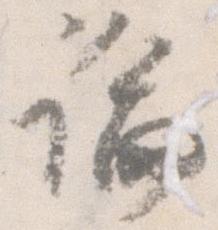
論